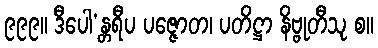
၉၉၉။ ဒီပေါ’န္တရီပ ပဇ္ဇောတ၊ ပတိဋ္ဌာ နိဗ္ဗုတီသု စ။